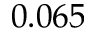
0 . 0 6 5